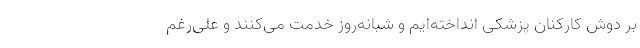
بر دوش کارکنان پزشکی انداخته‌ایم و شبانه‌روز خدمت می‌کنند و علی‌رغم